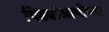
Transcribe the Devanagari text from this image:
पिढ्यांआधीच्या